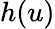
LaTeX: h(u)